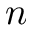
n